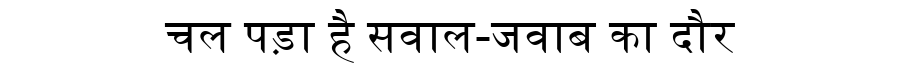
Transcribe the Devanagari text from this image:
चल पड़ा है सवाल-जवाब का दौर